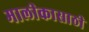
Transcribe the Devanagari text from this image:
मालीकासाठी